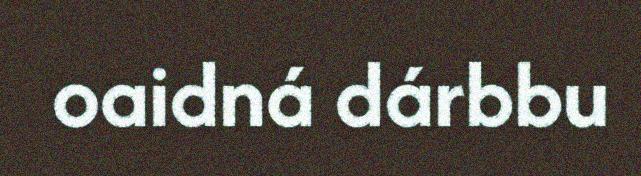
oaidná dárbbu